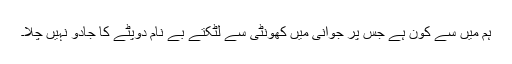
ہم میں سے کون ہے جس پر جوانی میں کھونٹی سے لٹکتے بے نام دوپٹے کا جادو نہیں چلا۔